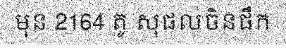
មុន 2164 តូ សុផលចិនផឹក